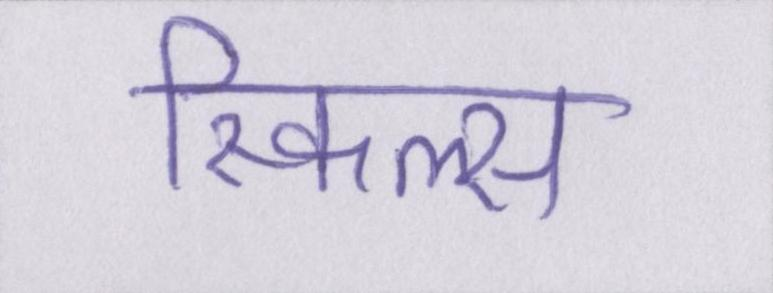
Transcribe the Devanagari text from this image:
स्किल्स